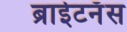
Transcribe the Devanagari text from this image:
ब्राईटनॅस